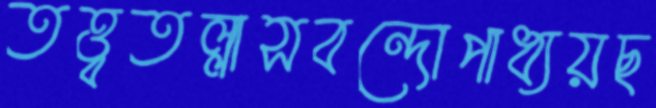
তত্ত্বতল্লাসবন্দোপাধ্যয়ছ